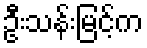
ဦးသန်းမြင့်က